Leprosy in India: report of the Leprosy Commission in India, 1890-91
Year: 1890
Disease focus: Leprosy
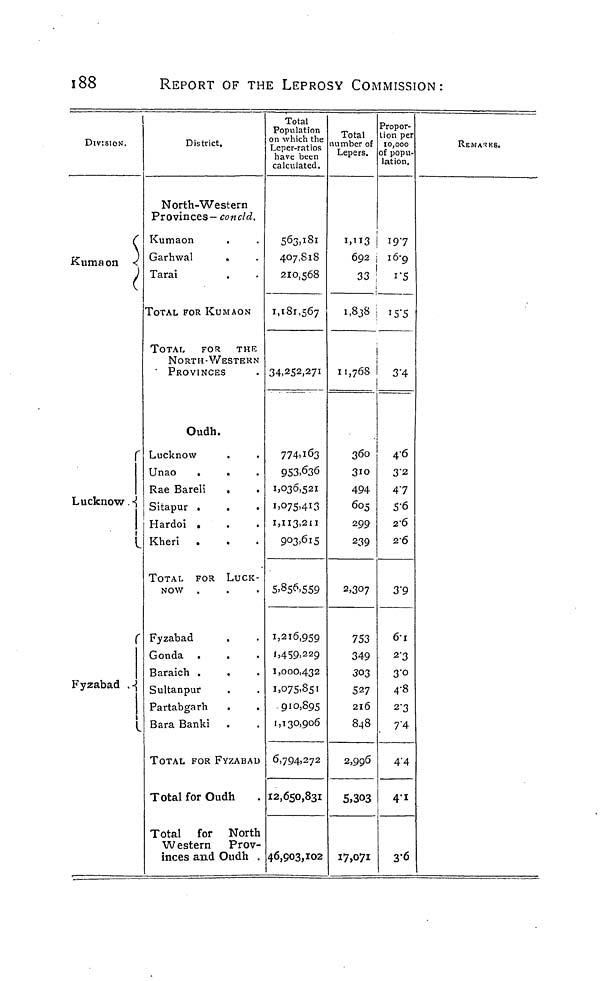
188
REPORT OF THE LEPROSY COMMISSION:
DIVISION.
{
Kumaon <
I
Lucknow. -
Fyzabad .«
r
r
District.
North-Western
Provinces— concl d.
Kumaon
Garhwal
.
Tarai
TOTAL FOR KUMAON
TOTAL
FOR THE
NORTH-WESTERN
" PROVINCES
Oudh.
Lucknow
Unao
.
.
Rae Bareli
.
Sitapur .
Hardoi .
Kheri .
TOTAL FOR LUCK-
NOW
Fyzabad
Gonda
Baraich .
.
Sultanpur
Partabgarh
Bara Banki
TOTAL FOR FYZABAD
Total for Oudh
Total for North
W estern Prov-
inces and Oudh .
Total
Population
on which the
Leper-ratios
have been
calculated.
563,181
407,818
210,568
1,181,567
34,252,271
774.163
953.636
1.036,521
1,075,413
I,II3,2U
9°3.6l5
5.856,559
1.216,959
1,459,229
1,000,432
I,O75.85I
910,895
1,130,906
6,794,272
12,650,831
46,903,102
Total
number of
Lepers.
I,U3
692
33
1
1,838
11,768
360
3IO
494
605
299
239
2,307
753
349
303
527
216
848
2,996
5,303
17,071
Propor-
tion per
10,000
of popu-
lation.
197
16-9
1*5
i5"5
3-4
46
3-2
47
5-6
26
26
3'9
6-i
2'3
3-0
4-8
2 - 3
7"4
4"4
4"i
3-6
REMARKS.